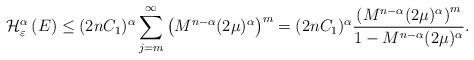
LaTeX: \begin{align*} \mathcal{H}_\varepsilon^\alpha\left(E\right) & \leq (2nC_1)^\alpha \sum_{j=m}^\infty \left( M^{n-\alpha} (2\mu)^\alpha \right)^m = (2nC_1)^\alpha \frac{\left( M^{n-\alpha} (2\mu)^\alpha \right)^m}{1- M^{n-\alpha} (2\mu)^\alpha}. \end{align*}